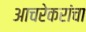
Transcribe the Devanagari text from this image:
आचरेकरांचा